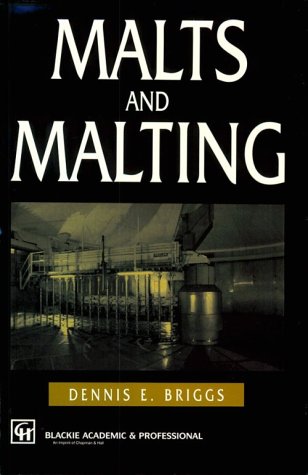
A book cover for Malts and Malting; D.E. Briggs; Cookbooks, Food & Wine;